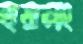
হুয়ালং